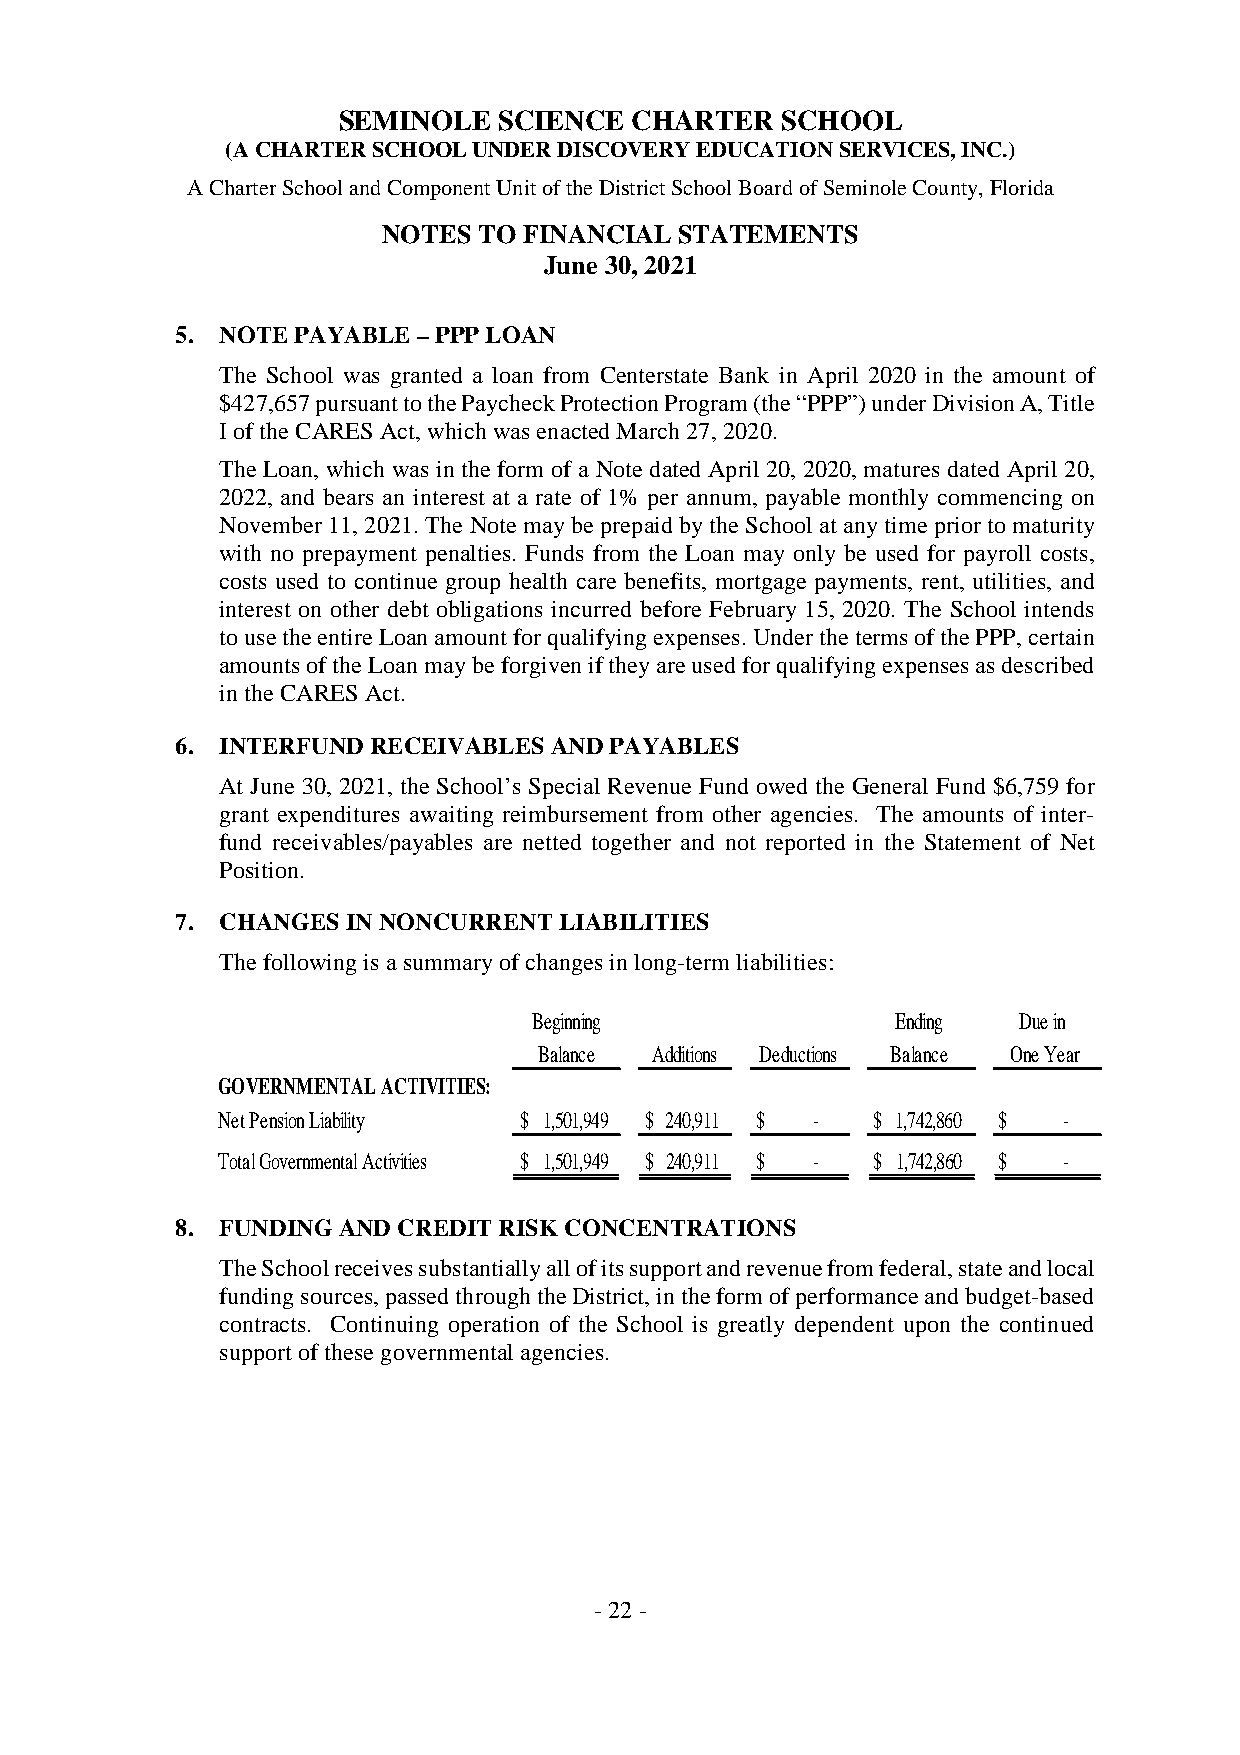
SEMINOLE   SCIENCE  CHARTER   SCHOOL
 (ACHARTERSCHOOLUNDERDISCOVERYEDUCATIONSERVICES,INC.)
 ACharterSchoolandComponentUnitoftheDistrictSchoolBoardofSeminoleCounty,Florida
 NOTES  TO FINANCIAL STATEMENTS
 June 30, 2021
 5. NOTE PAYABLE–PPPLOAN
 The School was granted a loan from Centerstate Bank in April 2020 in the amount of
 $427,657pursuanttothePaycheckProtectionProgram(the“PPP”)underDivisionA,Title
 IoftheCARESAct,whichwasenactedMarch27,2020.
 The Loan, which was in the form of a Note dated April 20, 2020,matures dated April 20,
 2022, and bears an interest at a rate of 1% per annum, payable monthly commencing on
 November11,2021.The Notemaybeprepaidby theSchoolat anytimepriortomaturity
 with no prepayment penalties. Funds from the Loan may only be used for payroll costs,
 costs used to continue group health care benefits, mortgage payments, rent, utilities, and
 interest on other debt obligations incurred before February 15, 2020. The School intends
 tousetheentireLoanamountforqualifyingexpenses.UnderthetermsofthePPP,certain
 amountsoftheLoanmaybeforgiveniftheyareusedforqualifyingexpensesasdescribed
 intheCARESAct.
 6. INTERFUNDRECEIVABLESANDPAYABLES
 At June 30, 2021, the School’s Special Revenue Fund owed the General Fund $6,759 for
 grant expenditures awaiting reimbursement from other agencies. The amounts of inter-
 fund receivables/payables are netted together and not reported in the Statement of Net
 Position.
 7. CHANGESINNONCURRENT   LIABILITIES
 Thefollowingis asummaryofchangesinlong-termliabilities:
 Beginning               Ending  Duein
 Balance Additions Deductions Balance OneYear
 GOVERNMENTALACTIVITIES:
 NetPensionLiability $ 1,501,949 $ 240,911 $ - $ 1,742,860 $ -
 TotalGovernmentalActivities $ 1,501,949 $ 240,911 $ - $ 1,742,860 $ -
 8. FUNDINGANDCREDITRISKCONCENTRATIONS
 TheSchoolreceivessubstantiallyallofitssupportandrevenuefromfederal,stateandlocal
 fundingsources,passedthroughtheDistrict,intheformofperformanceandbudget-based
 contracts. Continuing operation of the School is greatly dependent upon the continued
 supportofthesegovernmentalagencies.
 -22-